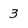
Character: 3